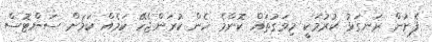
ފެށުން ރަނގަޅު ކުރުމަކީ މިވަގުތައް ކޮންމެ ހެން ކުރަންޖެހޭ ކަަމެއް ކަމަށް ސަންޓޮސް